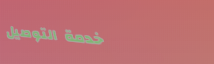
خدمة التوصيل